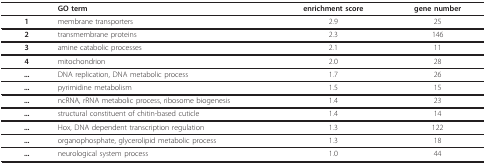
|  | GO term | enrichment score | gene number |
 | --- | --- | --- | --- |
 | 1 | membrane transporters | 2.9 | 25 |
 | 2 | transmembrane proteins | 2.3 | 146 |
 | 3 | amine catabolic processes | 2.1 | 11 |
 | 4 | mitochondrion | 2.0 | 28 |
 | ... | DNA replication, DNA metabolic process | 1.7 | 26 |
 | ... | pyrimidine metabolism | 1.5 | 15 |
 | ... | ncRNA, rRNA metabolic process, ribosome biogenesis | 1.4 | 23 |
 | ... | structural constituent of chitin-based cuticle | 1.4 | 14 |
 | ... | Hox, DNA dependent transcription regulation | 1.3 | 122 |
 | ... | organophosphate, glycerolipid metabolic process | 1.3 | 18 |
 | ... | neurological system process | 1.0 | 44 |